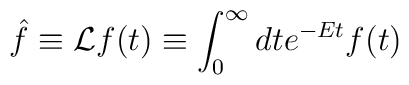
\hat{f} \equiv {\cal L} f(t) \equiv \int_0^{\infty} dt e^{-Et} f(t)